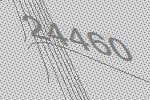
24460